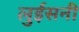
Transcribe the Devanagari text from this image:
लुईसनी